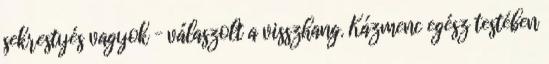
sekrestyés vagyok – válaszolt a visszhang. Kázmenc egész testében